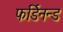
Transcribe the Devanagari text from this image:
फर्डिनन्ड